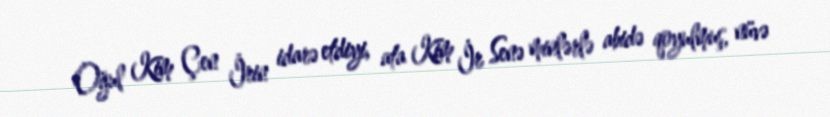
Oğul Kim Çen İrin idarə etdiyi, ata Kim İr Senə minlərlə abidə qoyulmuş, nüvə